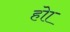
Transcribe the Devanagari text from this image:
होा